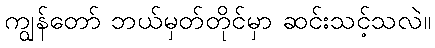
ကျွန်တော် ဘယ်မှတ်တိုင်မှာ ဆင်းသင့်သလဲ။